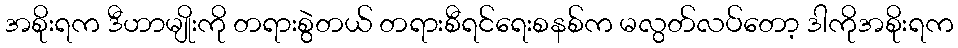
အစိုးရက ဒီဟာမျိုးကို တရားစွဲတယ် တရားစီရင်ရေးစနစ်က မလွတ်လပ်တော့ ဒါကိုအစိုးရက